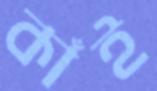
কাঁই